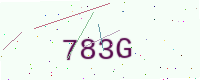
Text: 783G